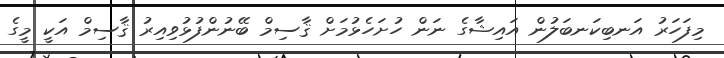
މިފަހަރު އަނބިކަނބަލުން އައިޝާގެ ނަން ހުށަހެޅުމަށް ޤާސިމް ބޭނުންފުޅުވިއިރު ޤާސިމް އަކީ މީގެ